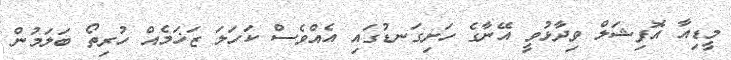
މީޑިއާ އޮފިޝަލް ވިދާޅުވީ އޭނާގެ ހަށިގަނޑުގައި އެއްވެސް ކަހަލަ ޒަޚަމެއް ހުރިތޯ ބަލަމުން